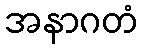
အနာဂတံ